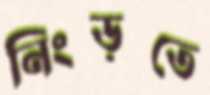
নিংড়তে